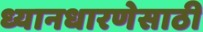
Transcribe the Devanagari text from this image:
ध्यानधारणेसाठी